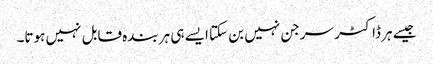
جیسے ہر ڈاکٹر سرجن نہیں بن سکتا ایسے ہی ہر بندہ قابل نہیں ہوتا۔